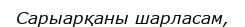
Сарыарқаны шарласам,